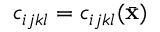
c _ { i j k l } = c _ { i j k l } ( \bar { \bf x } )